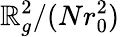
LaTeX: \mathbb{R}_{g}^{2}/(Nr_{0}^{2})